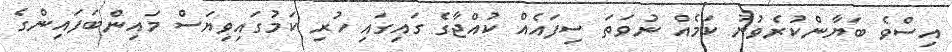
އިސްވެ ބަޔާންކުރެވުނު ކަމެއް ނުވަތަ ސިފައެއް ކުއްޖާގެ ގައިގައި ހުރި ކަމުގައިވިޔަސް މައިންބަފައިންގެ